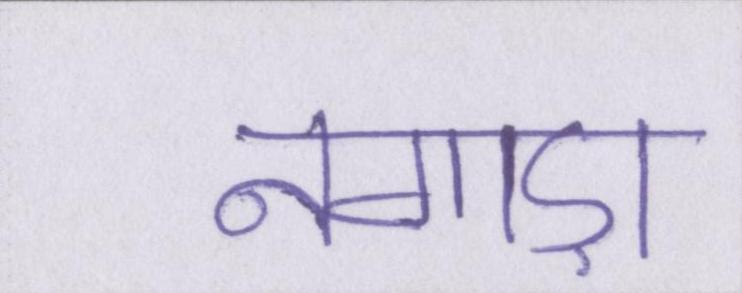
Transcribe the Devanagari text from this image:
नगाड़ा